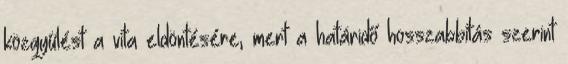
közgyűlést a vita eldöntésére, mert a határidő hosszabbítás szerint